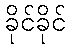
ခိုင်ခိုင်